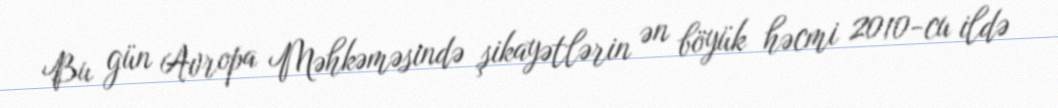
Bu gün Avropa Məhkəməsində şikayətlərin ən böyük həcmi 2010-cu ildə